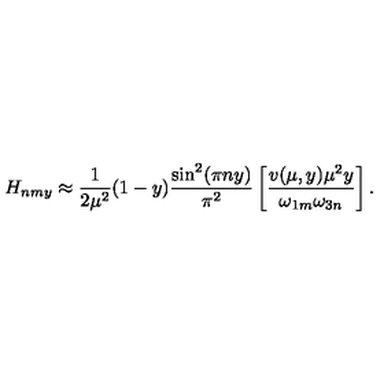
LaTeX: H _ { n m y } \approx \frac { 1 } { 2 \mu ^ { 2 } } ( 1 - y ) \frac { \sin ^ { 2 } ( \pi n y ) } { \pi ^ { 2 } } \left[ \frac { v ( \mu , y ) \mu ^ { 2 } y } { \omega _ { 1 m } \omega _ { 3 n } } \right] .